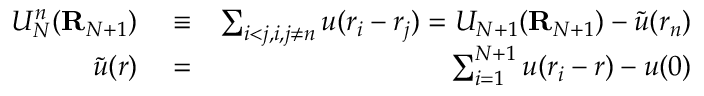
\begin{array} { r l r } { U _ { N } ^ { n } ( { \bf R } _ { N + 1 } ) } & { { } \equiv } & { \sum _ { i < j , i , j \ne n } u ( r _ { i } - r _ { j } ) = U _ { N + 1 } ( { \bf R } _ { N + 1 } ) - \widetilde { u } ( r _ { n } ) } \\ { \widetilde { u } ( r ) } & { { } = } & { \sum _ { i = 1 } ^ { N + 1 } u ( r _ { i } - r ) - u ( 0 ) } \end{array}